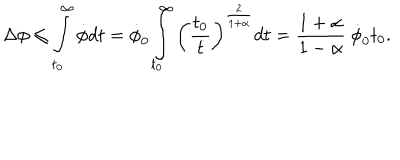
\Delta \phi \leq \int _ { t _ { 0 } } ^ { \infty } \dot { \phi } d t = \dot { \phi } _ { 0 } \int _ { t _ { 0 } } ^ { \infty } \left( { \frac { t _ { 0 } } { t } } \right) ^ { \frac { 2 } { 1 + \alpha } } d t = { \frac { 1 + \alpha } { 1 - \alpha } } ~ \dot { \phi } _ { 0 } t _ { 0 } .